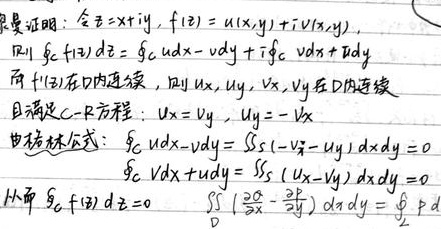
**求证证明**：令 \(z = x + iy\)，\(f(z)=u(x,y)+iv(x,y)\)，则
\[
\oint_{C}f(z)dz=\oint_{C}udx - vdy + i\oint_{C}vdx + udy
\]
而 \(f(z)\) 在 \(D\) 内连续，则 \(u_{x},u_{y},v_{x},v_{y}\) 在 \(D\) 内连续，且满足 \(C - R\) 方程：\(u_{x}=v_{y}\)，\(u_{y}=-v_{x}\)。

由格林公式：
\[
\oint_{C}udx - vdy=\iint_{S}(-v_{x}-u_{y})dxdy = 0
\]
\[
\oint_{C}vdx + udy=\iint_{S}(u_{x}-v_{y})dxdy = 0
\]

从而 \(\oint_{C}f(z)dz = 0\)，
\[
\iint_{D}(\frac{\partial Q}{\partial x}-\frac{\partial P}{\partial y})dxdy=\oint_{L}Pdx + Qdy
\]
（注：最后一个公式中 \(P,Q\) 未在前文定义，按原图呈现）